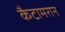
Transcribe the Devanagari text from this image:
कैटामरान